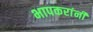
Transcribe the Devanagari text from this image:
भापकरांनी